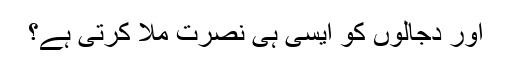
اور دجالوں کو ایسی ہی نصرت ملا کرتی ہے؟